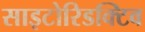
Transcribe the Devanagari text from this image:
साइटोरिडक्टिव